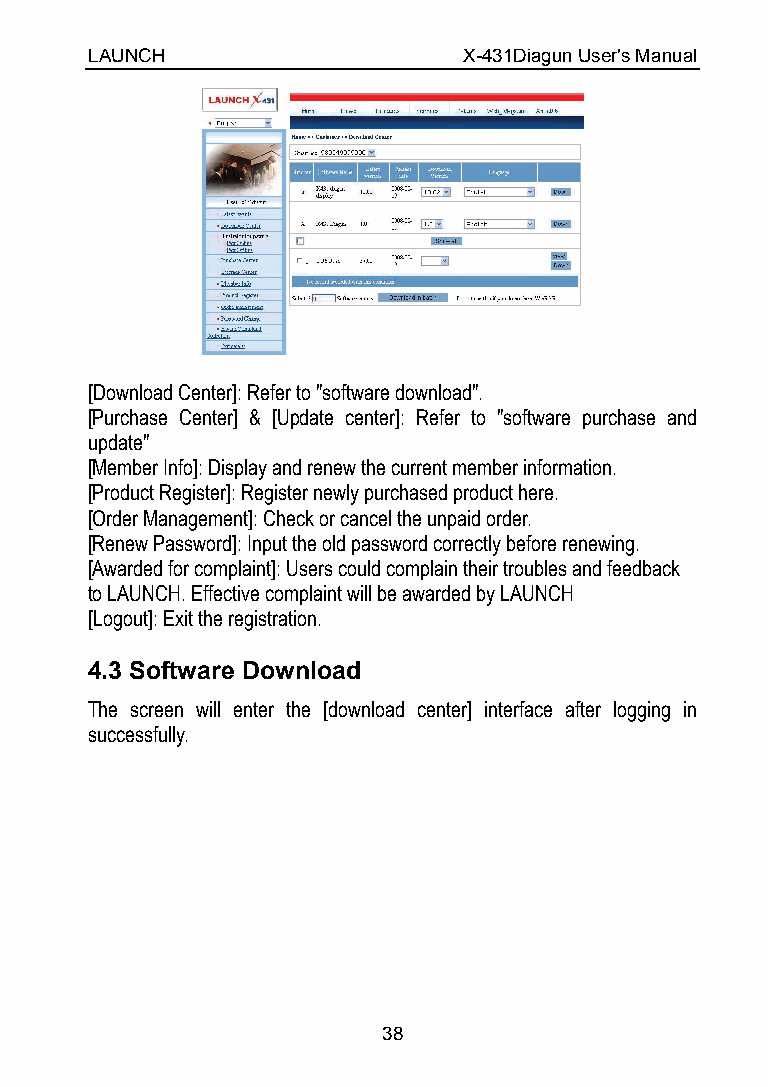
LAUNCH                   X-431Diagun User's Manual
 [Download Center]: Refer to "software download".
 [Purchase Center] & [Update center]: Refer to "software purchase and
 update"
 [Member Info]: Display and renew the current member information.
 [Product Register]: Register newly purchased product here.
 [Order Management]: Check or cancel the unpaid order.
 [Renew Password]: Input the old password correctly before renewing.
 [Awarded for complaint]: Users could complain their troubles and feedback
 to LAUNCH. Effective complaint will be awarded by LAUNCH
 [Logout]: Exit the registration.
 4.3 Software Download
 The screen will enter the [download center] interface after logging in
 successfully.
 38